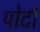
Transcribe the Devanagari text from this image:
पोदों